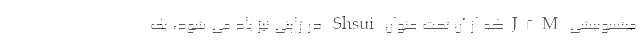
میتسوبیشی J8Mکه از آن تحت عنوان Shsui در ژاپنی نیز یاد می شود، یک